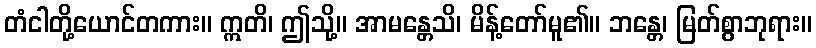
တံငါတို့ယောင်တကား။ ဣတိ၊ ဤသို့။ အာမန္တေသိ၊ မိန့်တော်မူ၏။ ဘန္တေ၊ မြတ်စွာဘုရား။